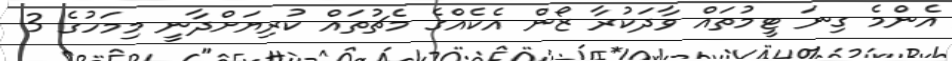
އެންމެ ގިނަ ޓީމުތައް ވާދަކުރާ ޒޯން އެކެއްގެ މެޗުތައް ކުރިޔަށްދާނީ މިމަހުގެ 3